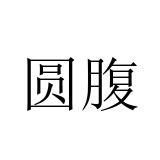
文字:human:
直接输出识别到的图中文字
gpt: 圆腹